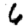
Digit: 6